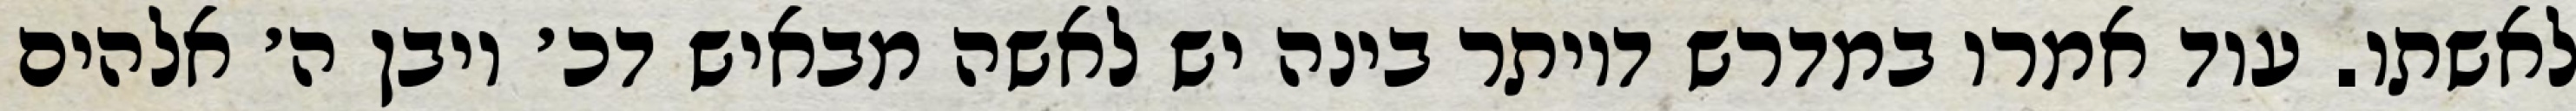
לאשתו. עוד אמרו במדרש דיותר בינה יש לאשה מבאיש דכ׳ ויבן ה׳ אלהים